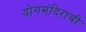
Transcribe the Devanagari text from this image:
योगमंदिराची